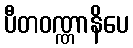
ပီတဝဏ္ဏာနိပေ